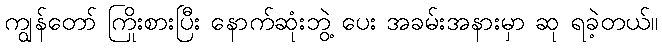
ကျွန်တော် ကြိုးစားပြီး နောက်ဆုံးဘွဲ့ ပေး အခမ်းအနားမှာ ဆု ရခဲ့တယ်။